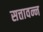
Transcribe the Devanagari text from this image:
सत्तावन्न